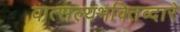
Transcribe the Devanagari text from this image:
वात्सल्यभक्तिव्दारे